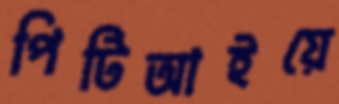
পিটিআইয়ে